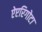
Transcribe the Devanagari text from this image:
ऐप्टरिगोटा